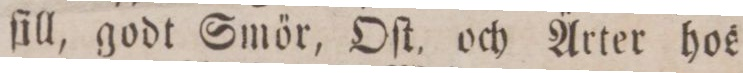
ſill, godt Smör, Oſt, och Ärtet hos